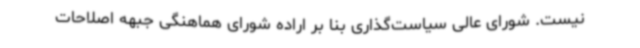
نیست. شورای عالی سیاست‌گذاری بنا بر اراده شورای هماهنگی جبهه اصلاحات